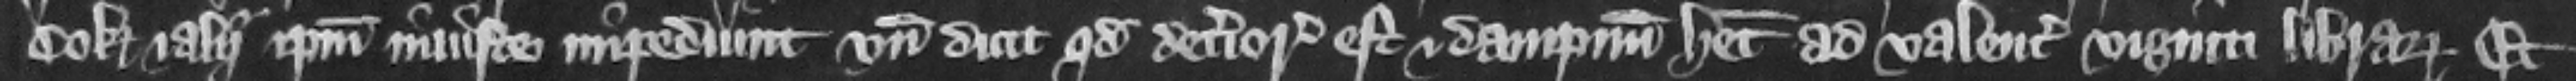
Cok et alii ipsum iniuste impediunt vnde dicit quod deterioratus est et dampnum habet ad valenciam viginti librarum et